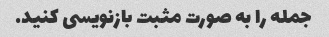
جمله را به صورت مثبت بازنویسی کنید.